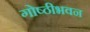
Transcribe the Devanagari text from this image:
गोष्ठीभवन